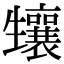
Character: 𤰂